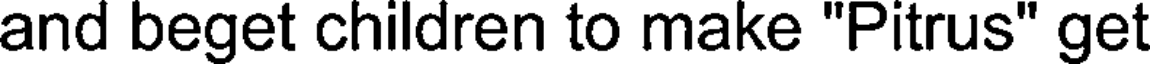
and beget children to make "Pitrus" get